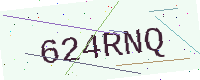
Text: 624RNQ